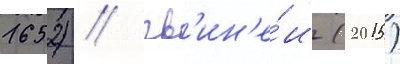
1652) / гв'ин'е́и (2015)